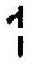
1